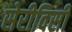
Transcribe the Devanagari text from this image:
सेरीविसी